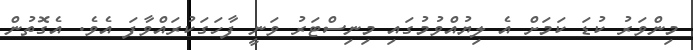
މިންވަރު ކުޑަ ކަމަށް އެ ލިޔުއްވުމުގައި މިނިސްޓަރު ވަނީ ފާހަގަކުރައްވާފަ އެވެ. އެގޮތުން